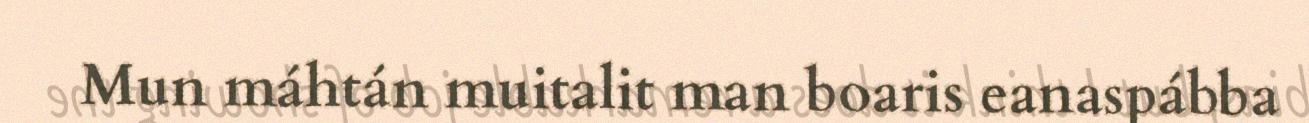
Mun máhtán muitalit man boaris eanaspábba